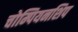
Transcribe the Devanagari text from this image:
चोम्पियनशिप